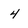
Character: 4